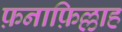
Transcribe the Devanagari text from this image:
फ़नाफ़िल्लाह